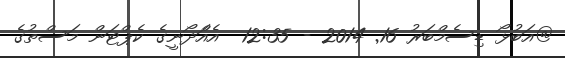
@އަބުޅޯ ޑިސެމްބަރު 16